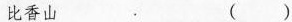
比香山 ()